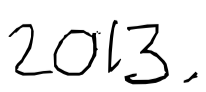
Text: 2013.
Cross-out: clean
Writing tool: digital_black